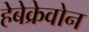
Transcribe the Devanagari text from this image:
हेबेक्रेवोन